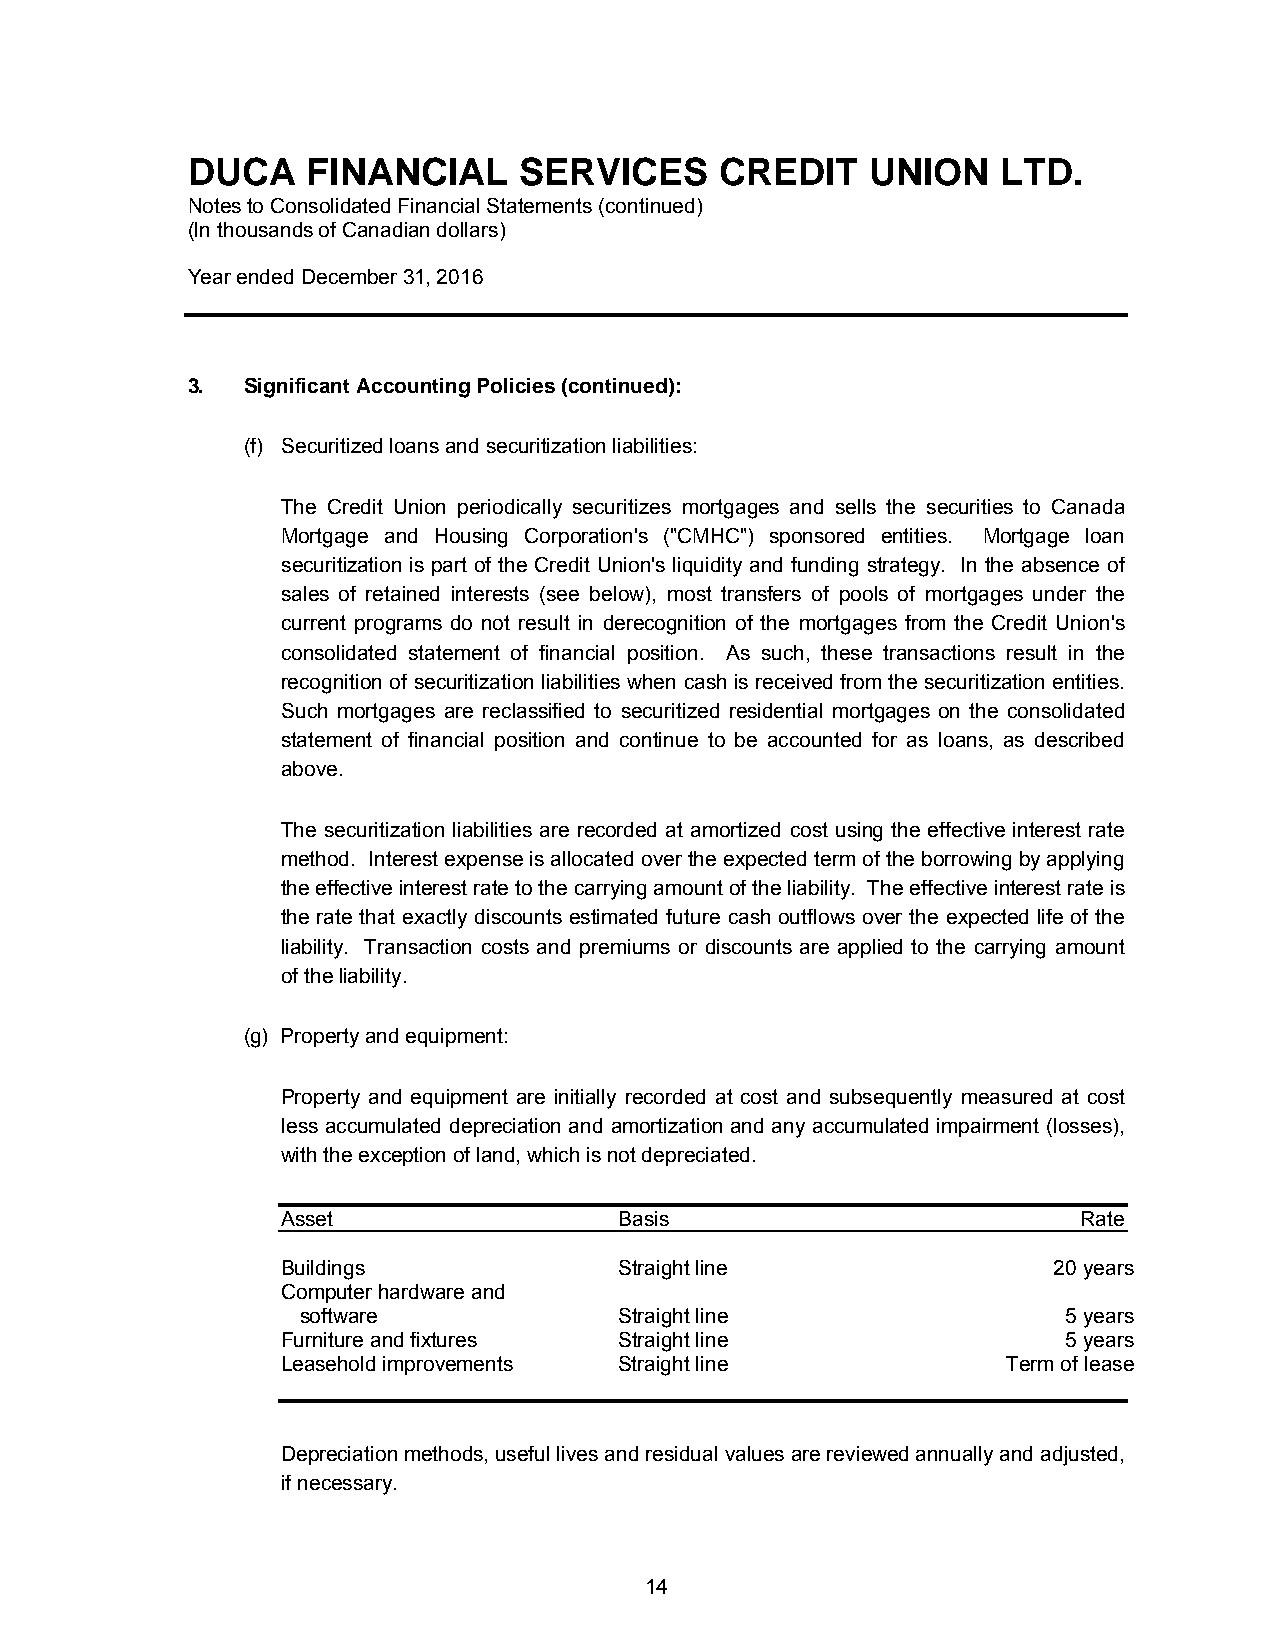
DUCA    FINANCIAL     SERVICES      CREDIT    UNION   LTD.
 Notes to Consolidated Financial Statements (continued)
 (In thousands of Canadian dollars)
 Year ended December 31, 2016
 3.  Significant Accounting Policies (continued):
 (f) Securitized loans and securitization liabilities:
 The Credit Union periodically securitizes mortgages and sells the securities to Canada
 Mortgage and Housing Corporation's ("CMHC") sponsored entities. Mortgage loan
 securitization is part of the Credit Union's liquidity and funding strategy. In the absence of
 sales of retained interests (see below), most transfers of pools of mortgages under the
 current programs do not result in derecognition of the mortgages from the Credit Union's
 consolidated statement of financial position. As such, these transactions result in the
 recognition of securitization liabilities when cash is received from the securitization entities.
 Such mortgages are reclassified to securitized residential mortgages on the consolidated
 statement of financial position and continue to be accounted for as loans, as described
 above.
 The securitization liabilities are recorded at amortized cost using the effective interest rate
 method. Interest expense is allocated over the expected term of the borrowing by applying
 the effective interest rate to the carrying amount of the liability. The effective interest rate is
 the rate that exactly discounts estimated future cash outflows over the expected life of the
 liability. Transaction costs and premiums or discounts are applied to the carrying amount
 of the liability.
 (g) Property and equipment:
 Property and equipment are initially recorded at cost and subsequently measured at cost
 less accumulated depreciation and amortization and any accumulated impairment (losses),
 with the exception of land, which is not depreciated.
 Asset                 Basis                          Rate
 Buildings             Straight line                20 years
 Computer hardware and
 software             Straight line                 5 years
 Furniture and fixtures Straight line                5 years
 Leasehold improvements Straight line            Term of lease
 Depreciation methods, useful lives and residual values are reviewed annually and adjusted,
 if necessary.
 14